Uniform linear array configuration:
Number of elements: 64
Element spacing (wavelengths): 0.25
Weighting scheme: uniform
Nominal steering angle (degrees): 15
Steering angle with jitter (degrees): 16.401
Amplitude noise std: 0.05
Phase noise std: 0.05

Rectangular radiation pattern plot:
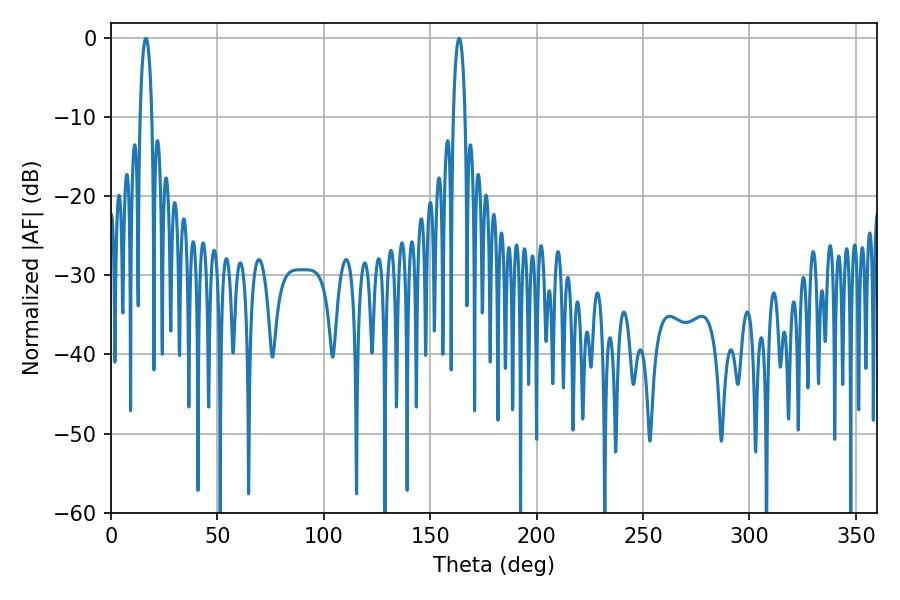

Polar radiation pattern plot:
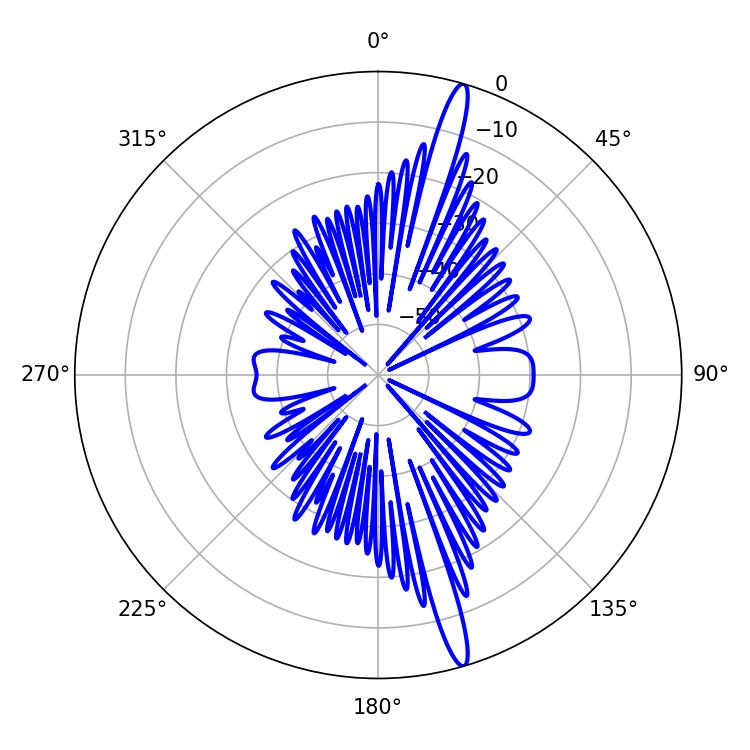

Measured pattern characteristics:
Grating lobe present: FALSE
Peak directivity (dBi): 17.333
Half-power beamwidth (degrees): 3.24
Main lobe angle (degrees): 16.38